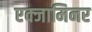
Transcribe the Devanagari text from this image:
एक्‍जामिनर